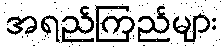
အရည်ကြည်များ